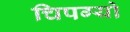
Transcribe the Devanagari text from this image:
चिपग्यो